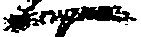
へ